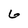
Character: 6